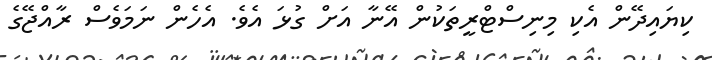
ކިޔައިދޭން އެކި މިނިސްޓްރީތަކުން އޭނާ އަށް ގުޅަ އެވެ. އެހެން ނަމަވެސް ރާއްޖޭގެ